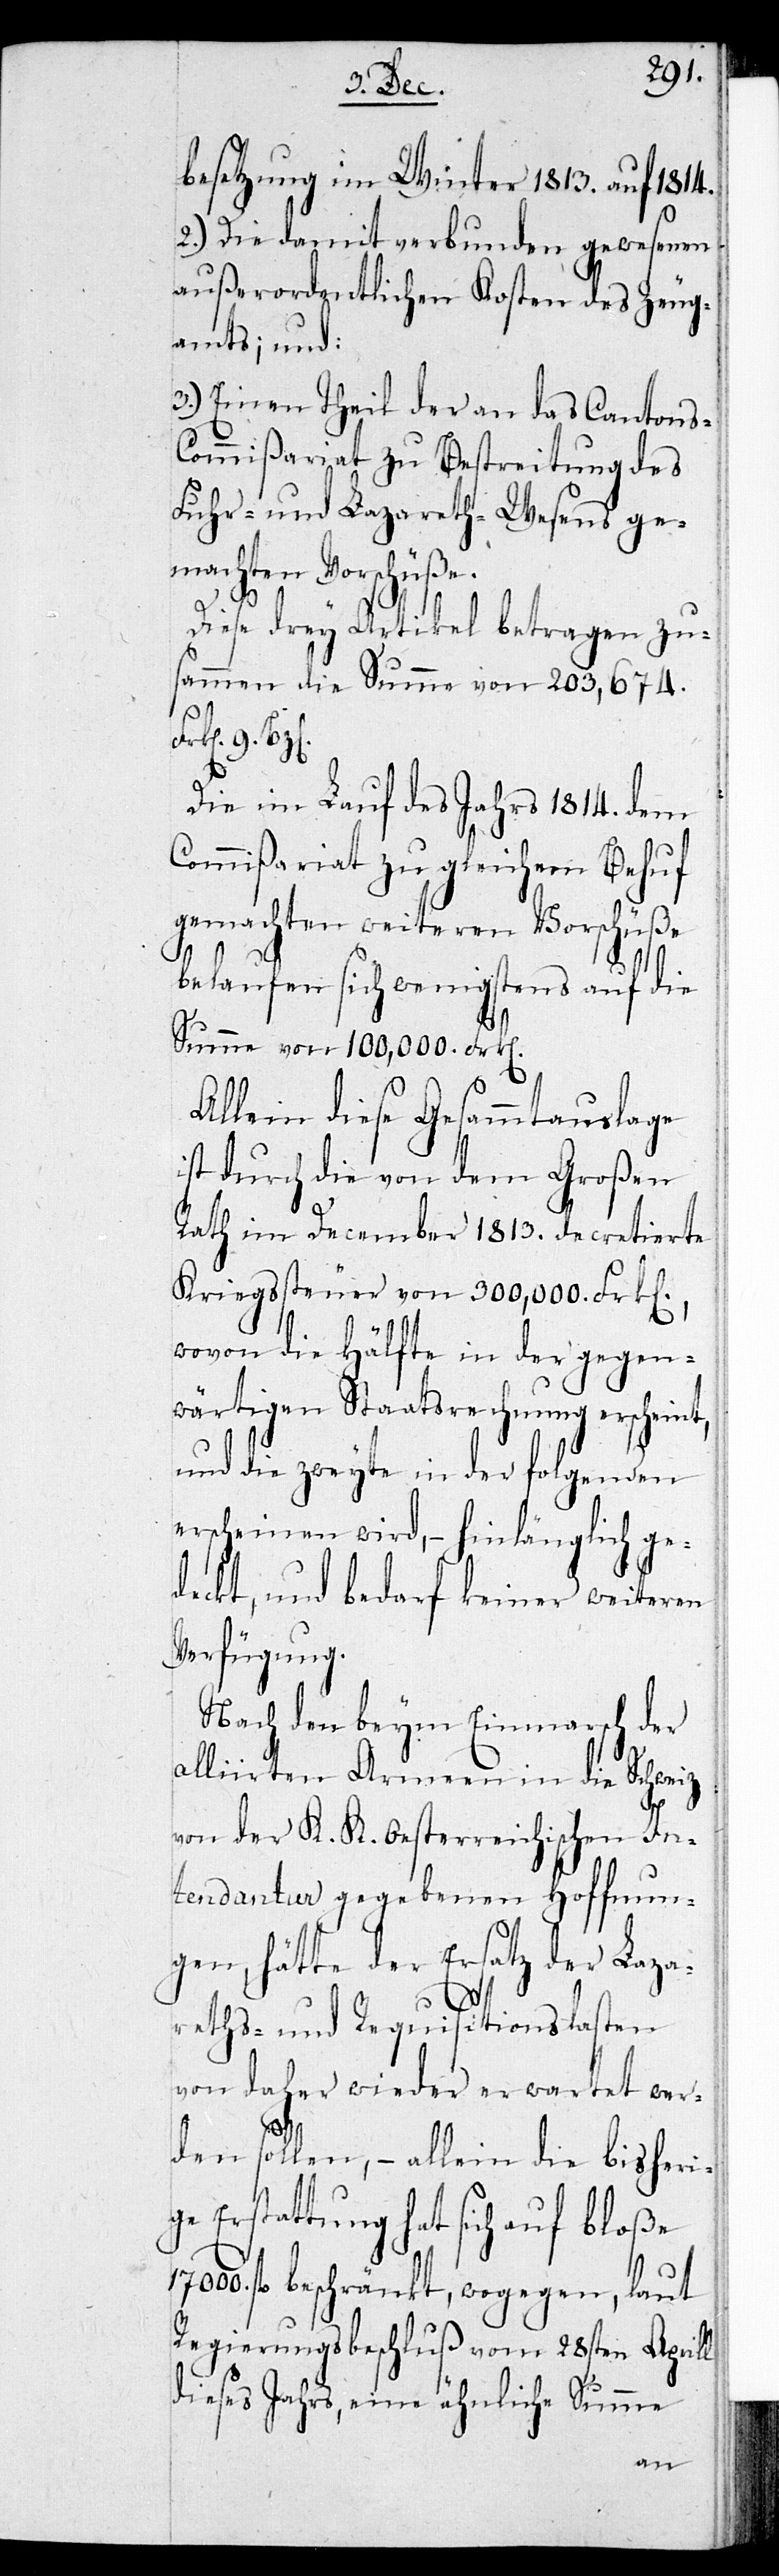
besetzung im Winter 1813. auf 1814.
2.) Die damit verbunden gewesenen
außerordentlichen Kosten des Zeug¬
amts; und:
3.) Einen Theil der an das Cantons-C¬
ommißariat zu Bestreitung des
Fuhr- und Lazareth-Wesens ge¬
machten Vorschüße.
Diese drey Artikel betragen zu¬
sammen die Summe von 203,674.
Frken. 9.
Die im Lauf des Jahrs 1814. dem
Commißariat zu gleichem Behuf
gemachten weiteren Vorschüße
belaufen sich wenigstens auf die
Summe von 100,000. Frken.
Allein diese Gesammtauslage
ist durch die von dem Großen
Rath im December 1813. decretierte
Kriegssteuer von 300,000. Frken.,
wovon die Hälfte in der gegen¬
wärtigen Staatsrechnung erscheint,
und die zweyte in der folgenden
erscheinen wird, – hinlänglich ge¬
deckt, und bedarf keiner weiteren
Verfügung.
Nach den beym Einmarsch der
alliirten Armeen in die Schweiz
von der K. K. Oesterreichischen In¬
tendantur gegebenen Hoffnun¬
gen, hätte der Ersatz der Laza¬
reths- und Requisitionslasten
von daher wieder erwartet wer¬
den sollen, – allein die bisheri¬
ge Erstattung hat sich auf bloße
fl. beschränkt, wogegen, laut
Regierungsbeschluß vom 28sten Aprill
dieses Jahrs, eine ähnliche Summe